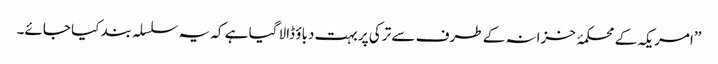
’’امریکہ کے محکمۂ خزانہ کے طرف سے ترکی پر بہت دباؤ ڈالا گیا ہے کہ یہ سلسلہ بند کیا جائے۔